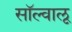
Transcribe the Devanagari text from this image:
सॉल्वालू